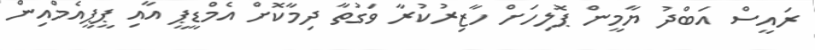
ރައީސް އަބްދު ޔާމީން ޕޮލިހަށް ހާޒިރުކުރާ ވަގުތާ ދިމާކޮށް އެމްޑީޕީ އާއި ޕީޕީއެމްއިން